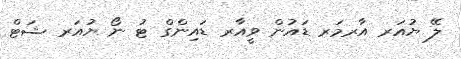
ލޭ ޔުއަރ އާރމަރ ޑައުން ވީއާރ ޑައިންގް ޓު ނޯ ޔުއަރ ޝަޓް